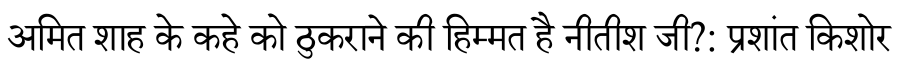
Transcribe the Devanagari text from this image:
अमित शाह के कहे को ठुकराने की हिम्मत है नीतीश जी?: प्रशांत किशोर